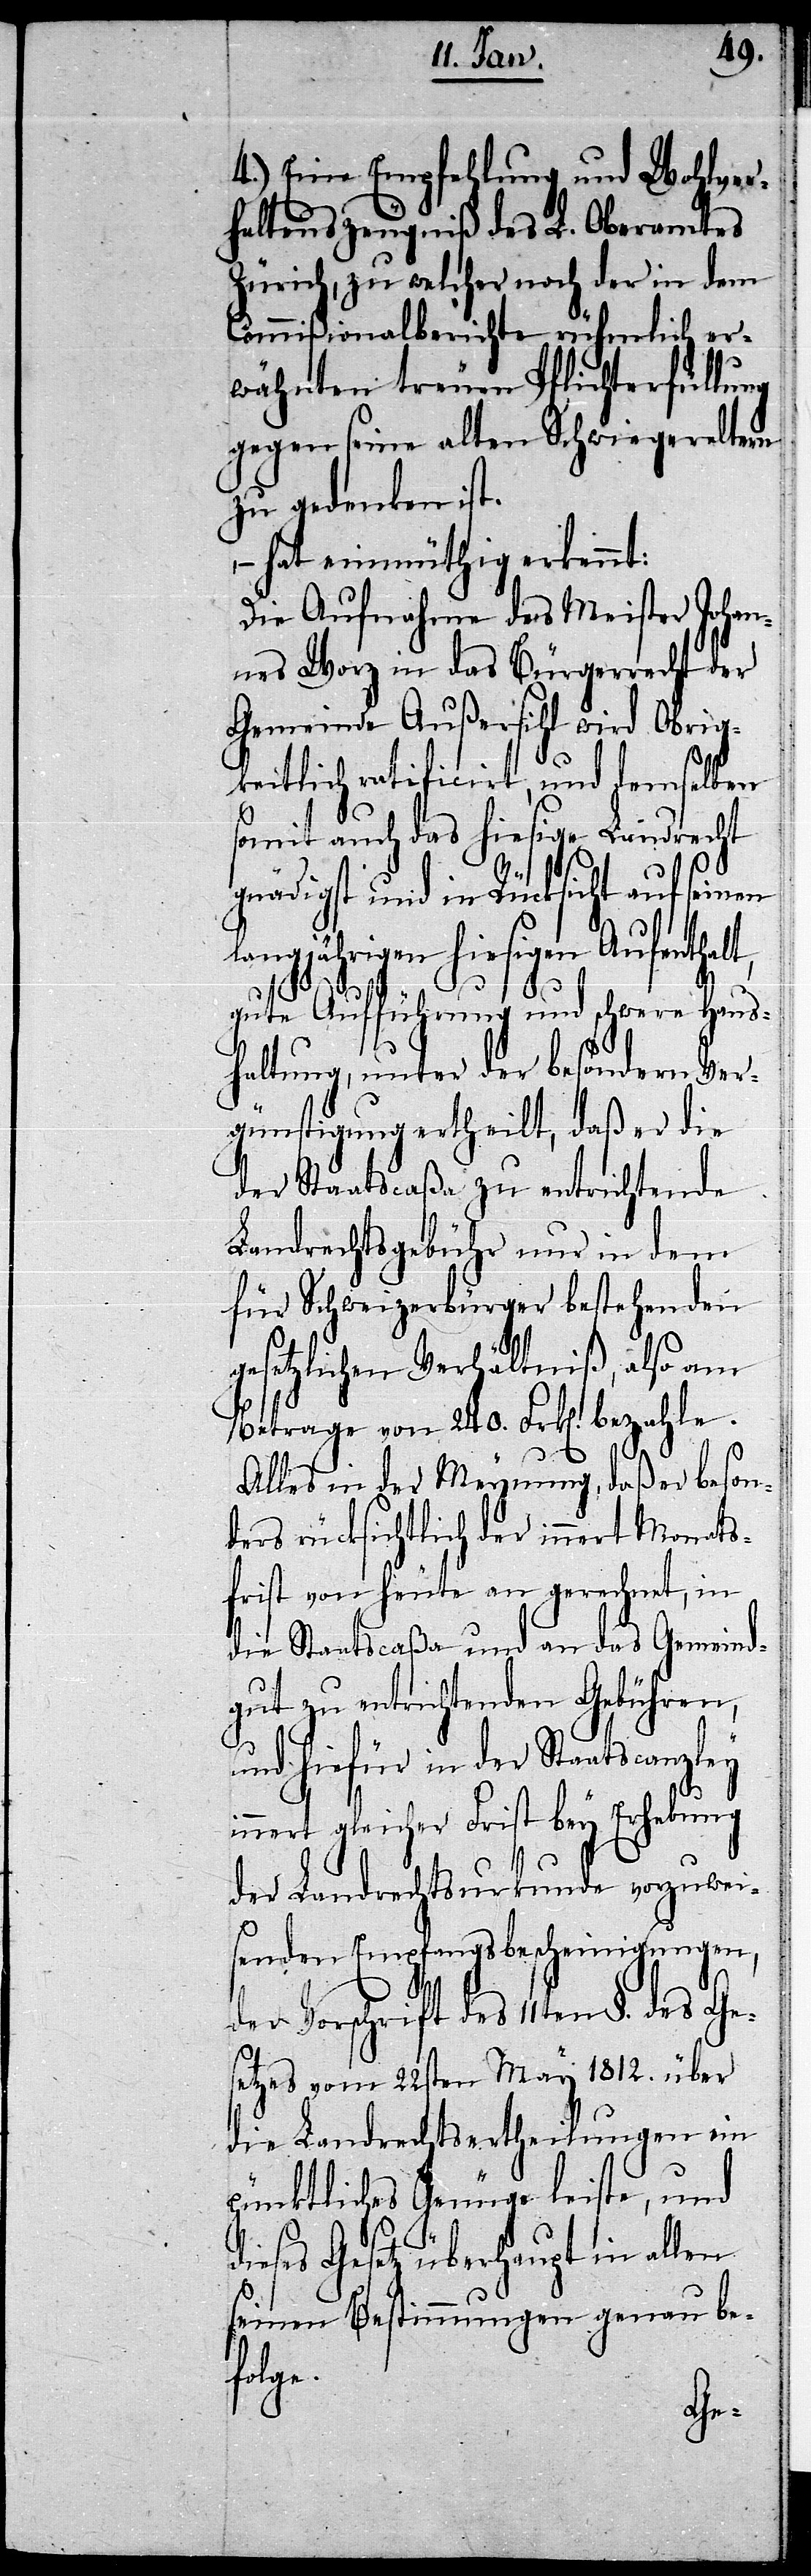
4.) Eine Empfehlung und Wohlver¬
t,
haltenszeugniß des L. Oberamtes
Zürich, zu welcher noch der in dem
Commißionalberichte rühmlich er¬
wähnten treuen Pflichterfüllung
gegen seine alten Schwiegereltern
zu gedenken ist.
– hat einmüthig erkennt:
Die Aufnahme des Meister Johan¬
nes Worz in das Bürgerrecht der
Gemeinde Außersihl wird Obrig¬
keitlich ratificirt, und demselben
somit auch das hiesige Landrecht
gnädigst und in Rücksicht auf seinen
langjährigen hiesigen Aufenthal¬
gute Aufführung und schwere Haus¬
haltung, unter der besondern Ver¬
günstigung ertheilt, daß er die
der Staatscaßa zu entrichtende
Landrechtsgebühr nur in dem
für Schweizerbürger bestehenden
gesetzlichen Verhältniß, also am
Betrage von 240. Frk[en]. bezahle.
Alles in der Meynung, daß er beson¬
ders rücksichtlich der innert Monats¬
frist von heute an gerechnet, in
die Staatscaßa und an das Gemeind¬
gut zu entrichtenden Gebühren,
und hiefür in der Staatscanzley
innert gleicher Frist bey Erhebung
der Landrechtsurkunde vorzuwei¬
senden Empfangsbescheinigungen,
Vorschrift des 11ten §. des
setzes vom 22sten May 1812. über
die Landrechtsertheilungen ein
pünktliches Genüge leiste, und
dieses Gesetz überhaupt in allen
seinen Bestimmungen genau be¬
folge.
Ge¬